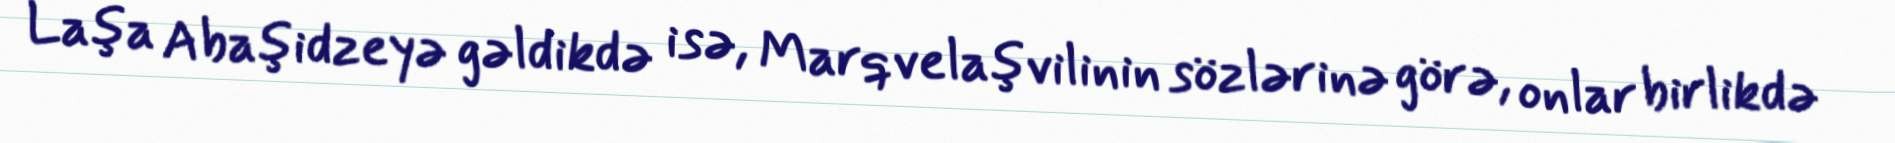
Laşa Abaşidzeyə gəldikdə isə, Marqvelaşvilinin sözlərinə görə, onlar birlikdə